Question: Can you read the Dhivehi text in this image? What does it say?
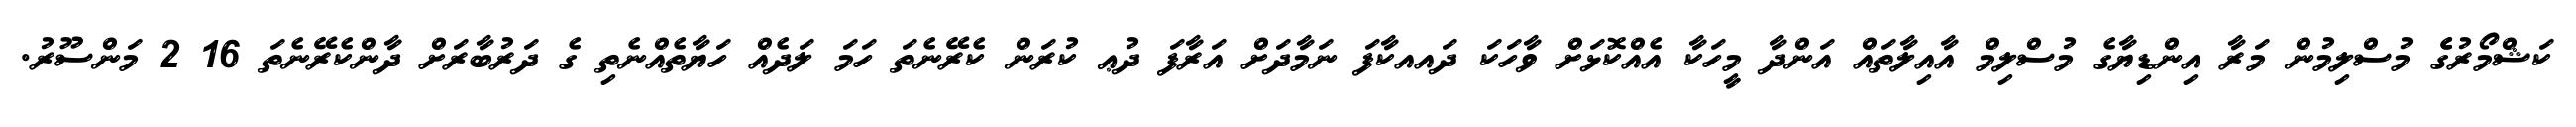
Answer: ކަޝްމޯރުގެެ މުސްލިމުން މަރާ އިންޑިޔާގެ މުސްލިމް އާއިލާތައް އަންދާ މީހަކާ އެއްކޮޅަށް ވާހަކަ ދައއކާފަ ނަމާދަށް އަރާފަ ދުޢ ކުރަން ކެރޭނެތަ ހަމަ ލަދެއް ހަޔާތެއްނެތި ގެ ދަރުބާރަށް ދާންކެރޭނެތަ 16 2 މަންސޫރު.